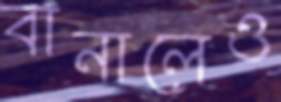
বানালেও